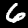
Label: 6